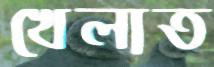
খেলাত